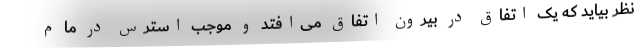
نظر بیاید که یک اتفاق در بیرون اتفاق می‌افتد و موجب استرس در ما م